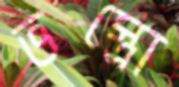
ভস্ত্রো